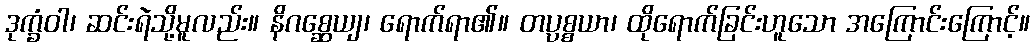
ဒုက္ခံဝါ၊ ဆင်းရဲသို့မူလည်း။ နိဂစ္ဆေယျ၊ ရောက်ရာ၏။ တပ္ပစ္စယာ၊ ထိုရောက်ခြင်းဟူသော အကြောင်းကြောင့်။